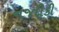
નજદીકી